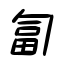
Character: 匐